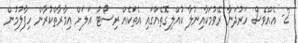
2- އެއްވެސް ހަރުދަނާ ރޭވުމަކާއިނުލާ ކުއްލިގޮތެއްގައި އެތަކެއް ރިސޯޓު އަލަށް އިމާރާތްކުރާން ހިފާލުމުން